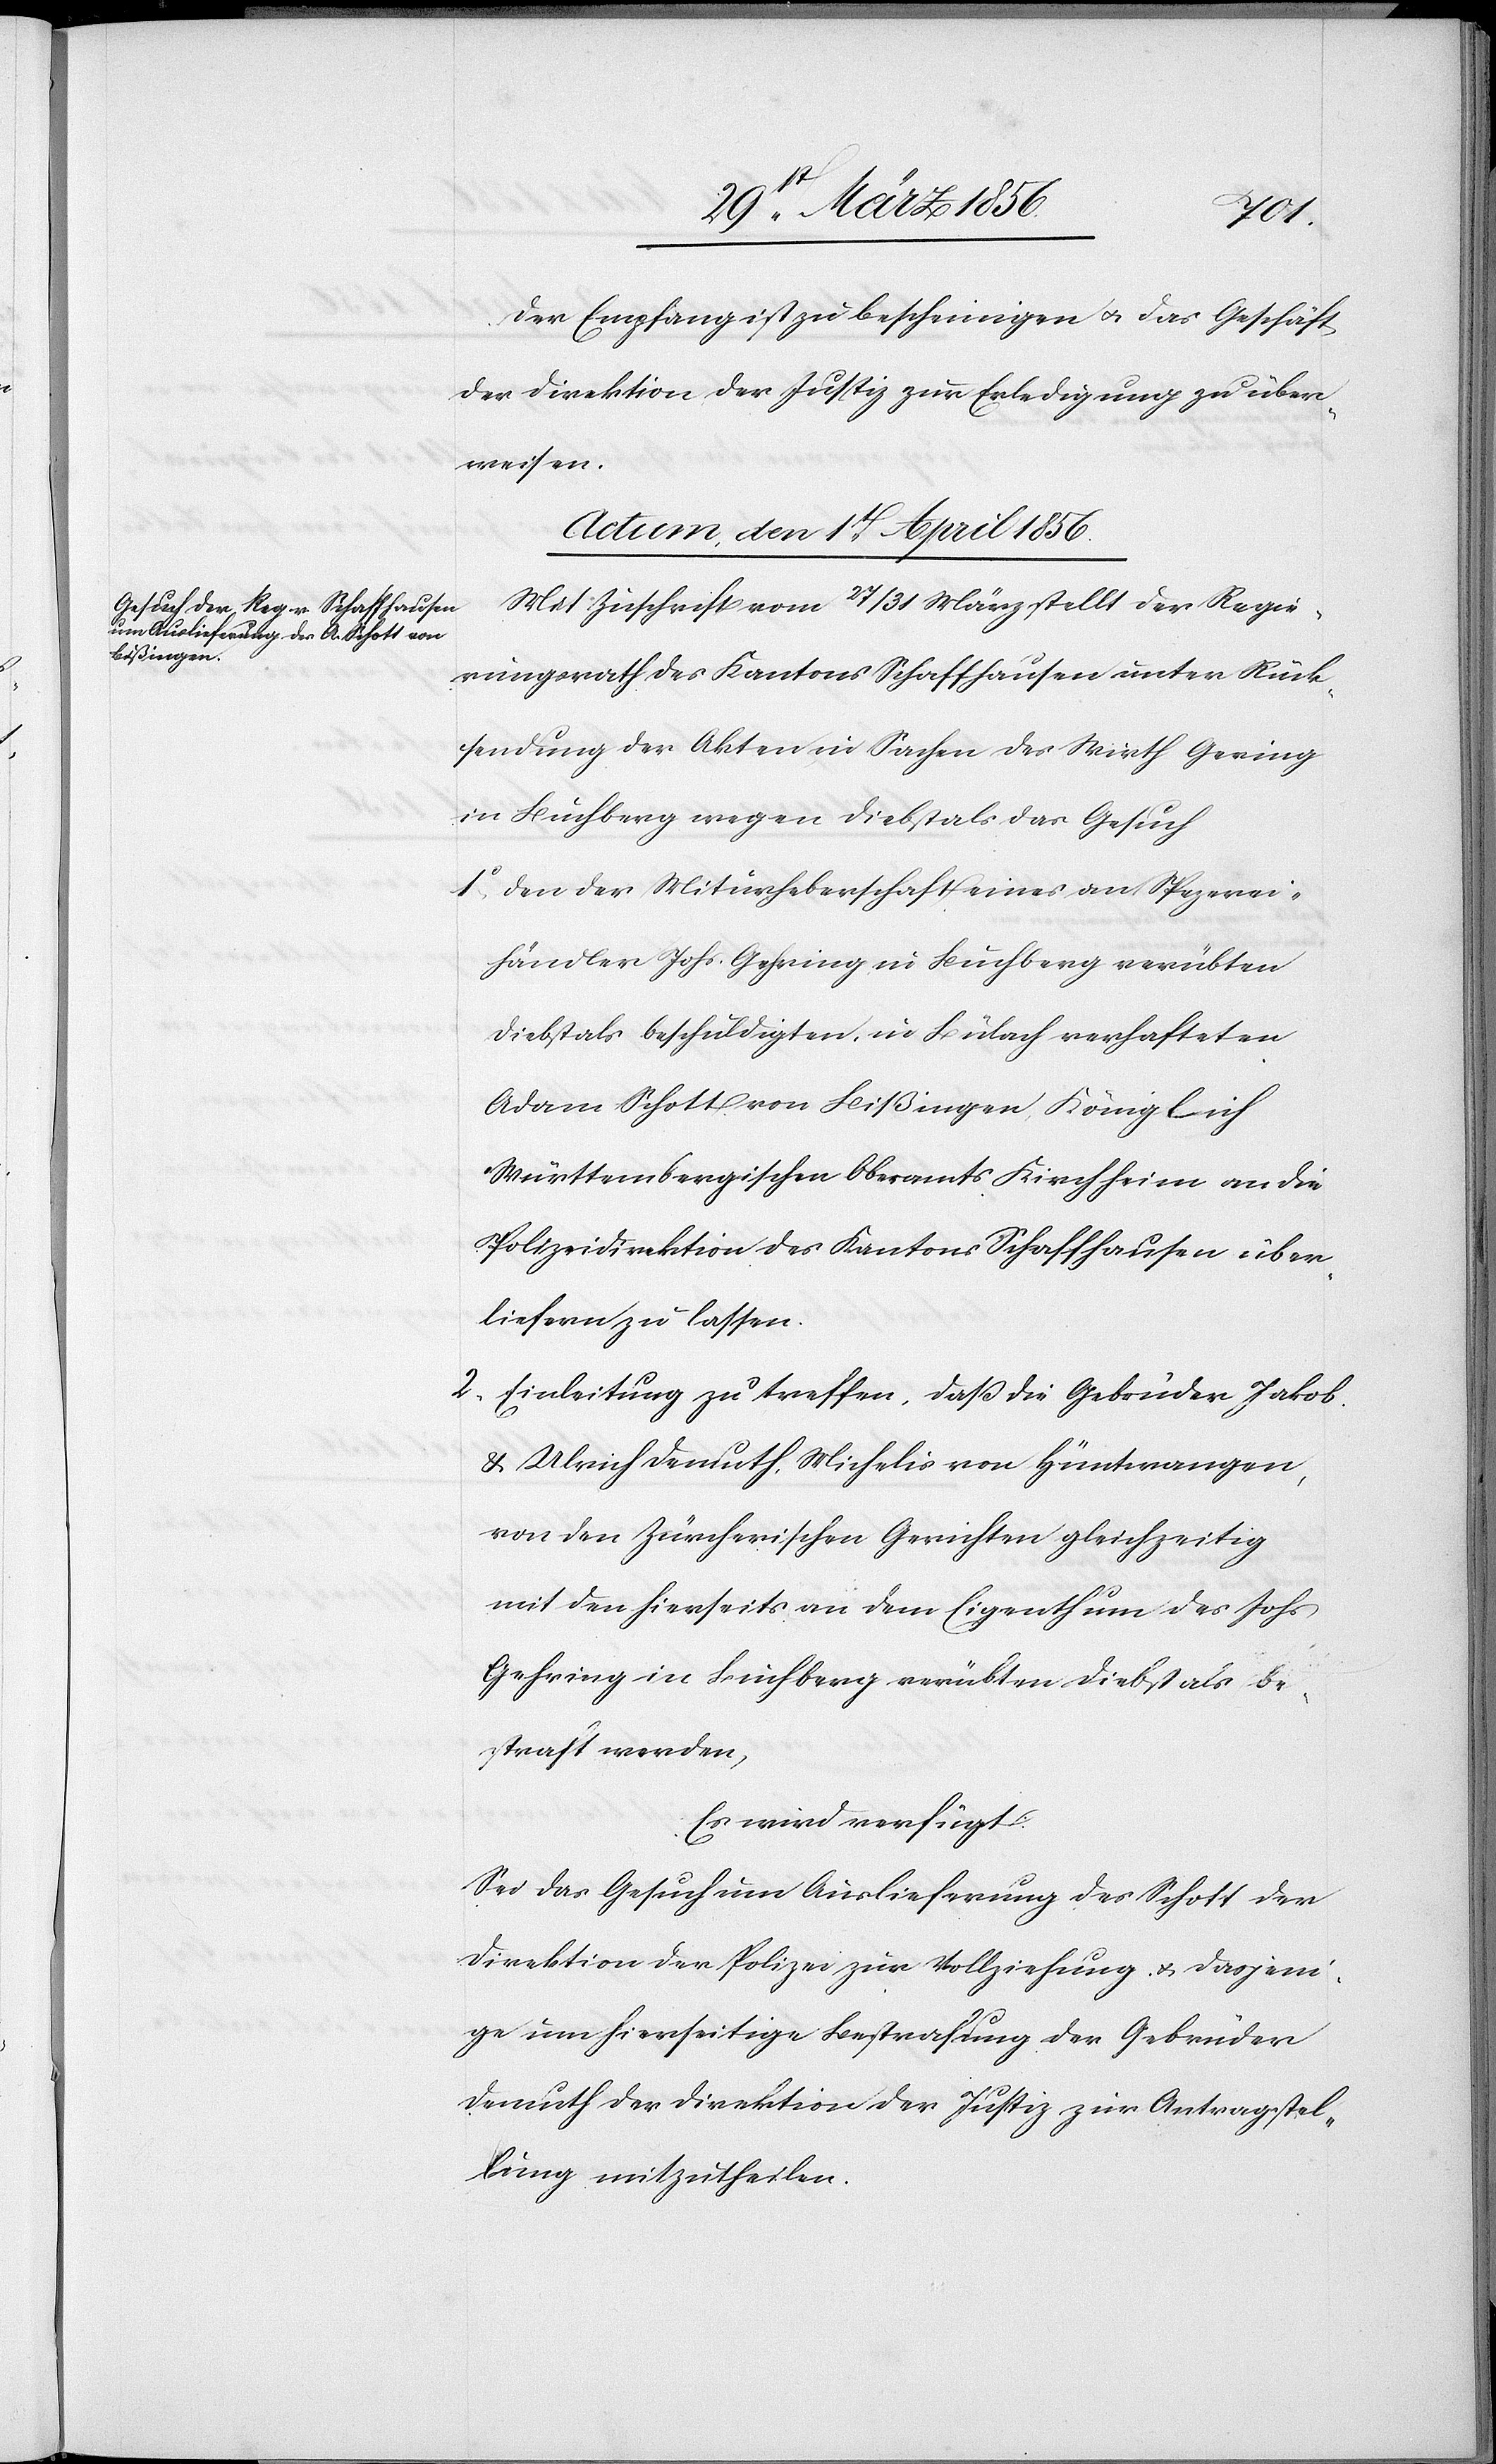
Der Empfang ist zu bescheinigen u. das Geschäft
der Direktion der Justiz zur Erledigung zu über¬
weisen.
Actum, den 1t April 1856.
Mit Zuschrift vom 27/31 März stellt der Regie¬
rungsrath des Kantons Schaffhausen unter Rück¬
sendung der Akten in Sachen des Wirth Gering
in Buchberg wegen Diebstals das Gesuch
1o, Den der Miturheberschaft eines an Spezerei¬
händler Johs. Gehring [sic!] in Buchberg verübten
Diebstals beschuldigten, in Bülach verhafteten
Adam Schott von Bißingen, Königlich
Württembergischen Oberamts Kirchheim an die
Polizeidirektion des Kantons Schaffhausen über¬
liefern zu lassen.
2., Einleitung zu treffen, daß die Gebrüder Jakob
& Ulrich Demuth, Michelis von Hüntwangen,
von den Zürcherischen Gerichten gleichzeitig
mit den hierseits an dem Eigenthum des Johs
Gehring in Buchberg verübten Diebstals be¬
straft werden,
Es wird verfügt:
Sei das Gesuch um Auslieferung des Schott der
Direktion der Polizei zur Vollziehung u. dasjeni¬
ge um hierseitige Bestrafung der Gebrüder
Demuth der Direktion der Justiz zur Antragstel¬
lung mitzutheilen.